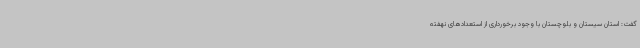
گفت: استان سیستان و بلوچستان با وجود برخورداری از استعدادهای نهفته